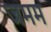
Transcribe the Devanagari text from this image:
जमम